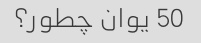
50 یوان چطور؟